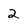
Character: 2